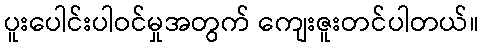
ပူးပေါင်းပါဝင်မှုအတွက် ကျေးဇူးတင်ပါတယ်။